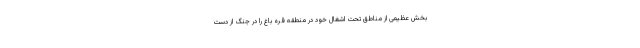
بخش عظیمی از مناطق تحت اشغال خود در منطقه قره باغ را در جنگ از دست